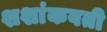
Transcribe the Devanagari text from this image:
शशांकवती